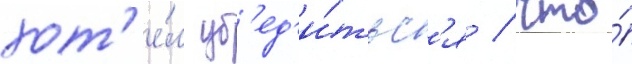
хот'е́л уб'ед'и́тьс'я / что́